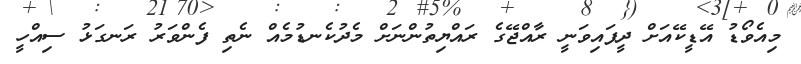
މިއެވޯޑު އޭޑީކޭއަށް ދީފައިވަނީ ރާއްޖޭގެ ރައްޔިތުންނަށް މެދުކެނޑުމެއް ނެތި ފެންވަރު ރަނގަޅު ސިއްހީ